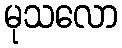
မုသလော